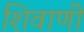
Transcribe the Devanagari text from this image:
शिवाणी